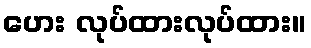
ဟေး လုပ်ထားလုပ်ထား။